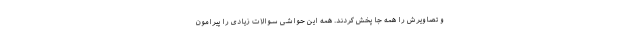
و تصاویرش را همه جا پخش کردند. همه این حواشی سوالات زیادی را پیرامون